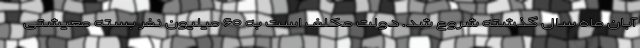
آبان ماه سال گذشته شروع شد. دولت مکلف است به ۶۰ میلیون نفر بسته معیشتی